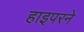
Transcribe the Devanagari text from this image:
हाइपरने